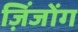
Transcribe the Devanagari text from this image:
ज़िंजोंग